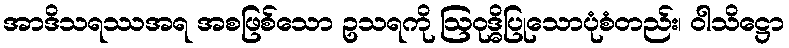
အာဒိသရဿအရ အစဖြစ်သော ဥသရကို ဩဝုဒ္ဓိပြုသောပုံစံတည်း၊ ဝါသိဋ္ဌော